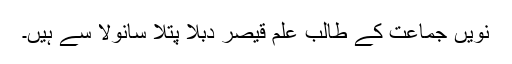
نویں جماعت کے طالب علم قیصر دبلا پتلا سانولا سے ہیں۔